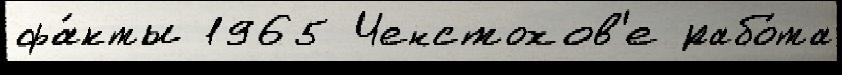
фа́кты 1965 Ченстохов'е рабо́та